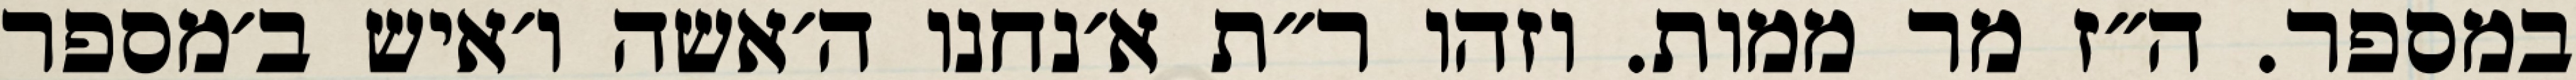
במספר. ה״ז מר ממות. וזהו ר״ת א׳נחנו ה׳אשה ו׳איש ב׳מספר